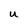
Character: U